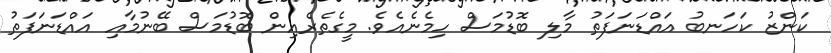
ކަންޒު ކަހަނބު އައްޑަނަފަތު މާލި ބޮޑުމަސް ހިމެނެއެވެ. މީގެތެރެއިން ބޮޑުމަސް ބޭނުމާއި އައްޑަނަފަތު